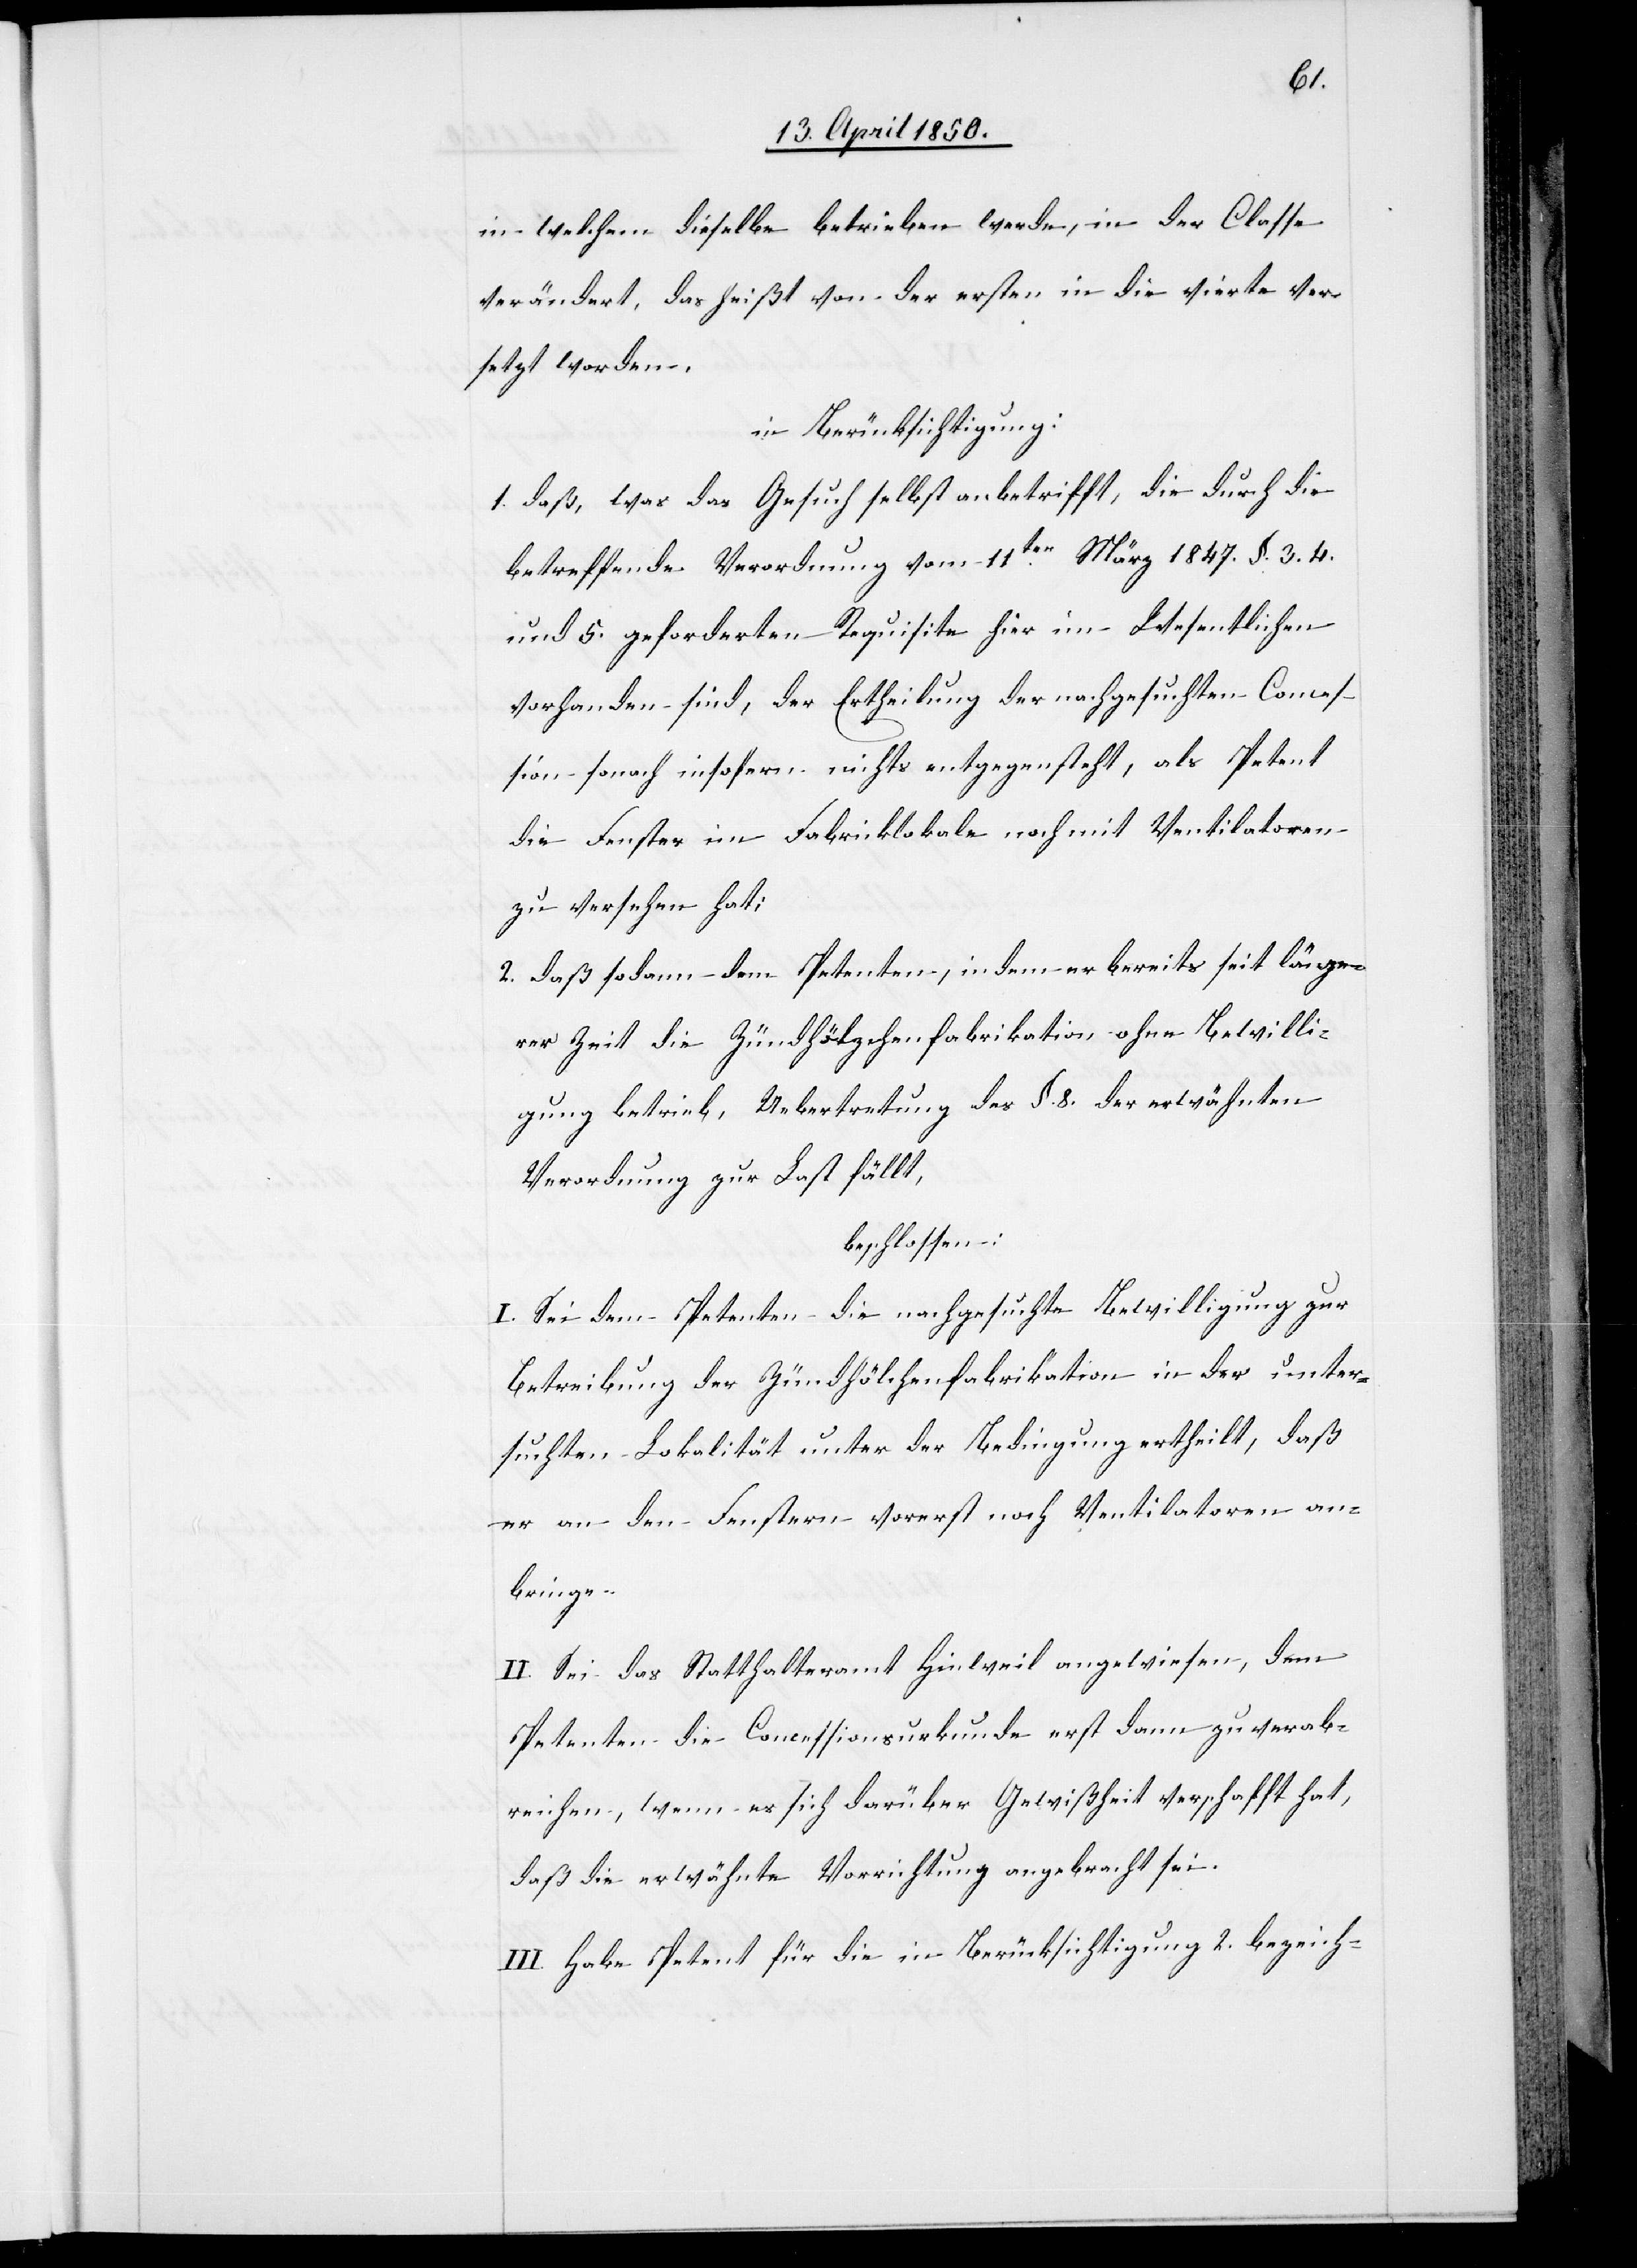
in welchem dieselbe betrieben werde, in der Classe
verändert, das heißt von der ersten in die vierte ver¬
setzt worden,
in Berücksichtigung:
1. daß, was das Gesuch selbst anbetrifft, die durch die
betreffende Verordnung vom 11ten März 1847. §. 3.[,]
und 5. geforderten Requisite hier im Wesentlichen
vorhanden sind, der Ertheilung der nachgesuchten Conces¬
sion sonach insofern nichts entgegensteht, als Petent
die Fenster im Fabriklokale noch mit Ventilatoren
zu versehen hat;
2. daß sodann dem Petenten, in dem er bereits seit länge¬
rer Zeit die Zündhölzchenfabrikation ohne Bewilli¬
gung betrieb, Uebertretung des §. 8. der erwähnten
Verordnung zur Last fällt,
beschlossen:
I. Sei dem Petenten die nachgesuchte Bewilligung zur
Betreibung der Zündhöl[z]chenfabrikation in der unter¬
suchten Lokalität unter der Bedingung ertheilt, daß
er an den Fenstern vorerst noch Ventilatoren an¬
bringe.
II. Sei das Statthalteramt Hinweil angewiesen, dem
Petenten die Concessionsurkunde erst dann zu verab¬
reichen, wenn es sich darüber Gewißheit verschafft hat,
daß die erwähnte Vorrichtung angebracht sei.
III. Habe Petent für die in Berücksichtigung 2. bezeich-